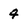
Character: 4